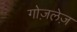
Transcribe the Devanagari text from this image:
गोज़लेज़